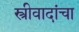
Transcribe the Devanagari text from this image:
स्त्रीवादांचा